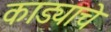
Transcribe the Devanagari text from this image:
काड्याचे